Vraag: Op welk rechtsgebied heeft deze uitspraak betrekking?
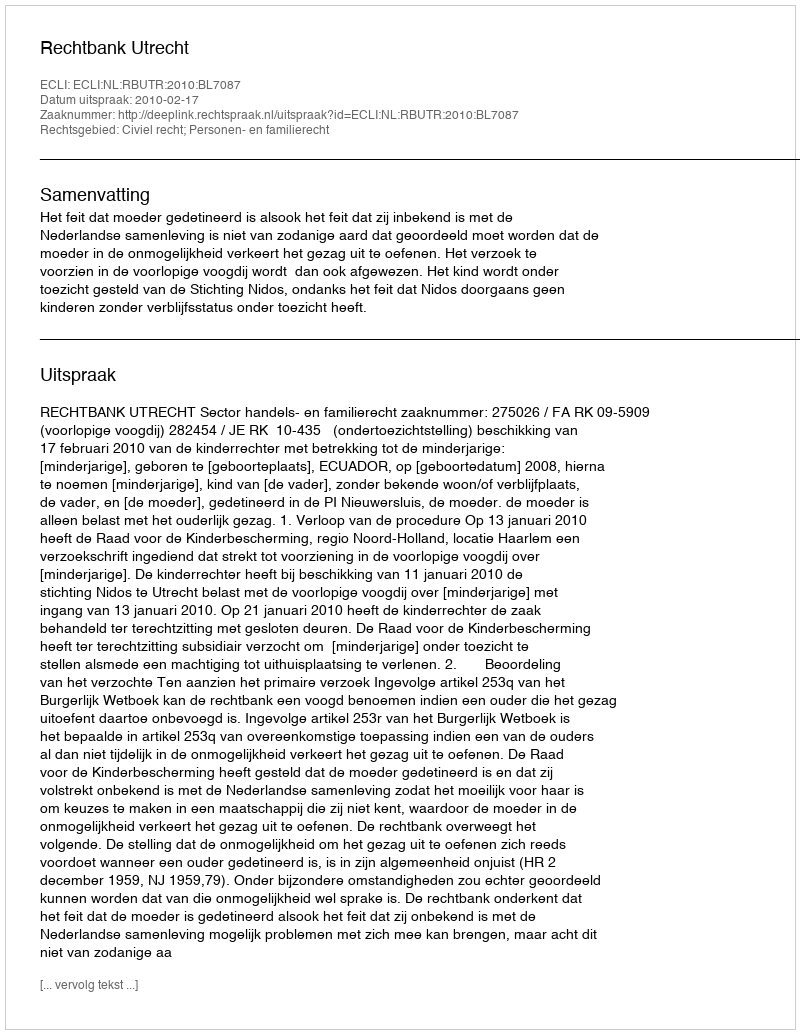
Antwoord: Civiel recht; Personen- en familierecht